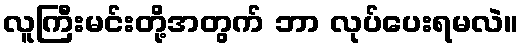
လူကြီးမင်းတို့အတွက် ဘာ လုပ်ပေးရမလဲ။